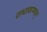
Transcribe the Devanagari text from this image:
राधाकष्णन्